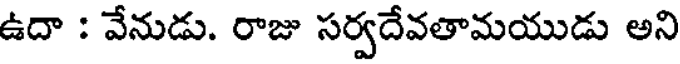
ఉదా : వేనుడు. రాజు సర్వదేవతామయుడు అని